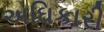
અઘિકારી